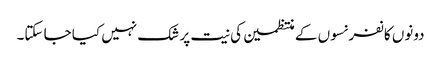
دونوں کانفرنسوں کے منتظمین کی نیت پر شک نہیں کیا جا سکتا۔